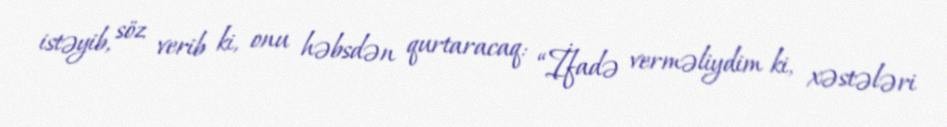
istəyib, söz verib ki, onu həbsdən qurtaracaq: “İfadə verməliydim ki, xəstələri